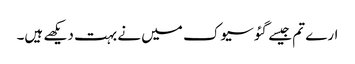
ارے تم جیسے گئو سیوک میں نے بہت دیکھے ہیں۔